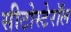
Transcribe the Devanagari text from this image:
सीटोस्टेरॉल